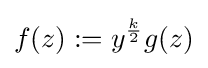
f(z):=y^{\frac {k}{2}}g(z)